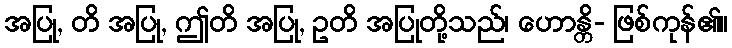
အပြု, တိ အပြု, ဤတိ အပြု, ဥတိ အပြုတို့သည်၊ ဟောန္တိ- ဖြစ်ကုန်၏။